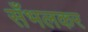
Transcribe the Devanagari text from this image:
सँभलकर